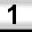
Digit: 1